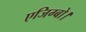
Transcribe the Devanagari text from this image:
एजिग्बो।